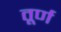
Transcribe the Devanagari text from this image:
तूर्ण